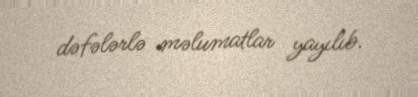
dəfələrlə məlumatlar yayılıb.